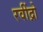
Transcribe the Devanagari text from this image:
रवींद्रो